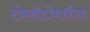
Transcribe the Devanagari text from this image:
टोरनॅडोंमधील